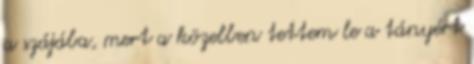
a szájába, mert a közelben tettem le a tányért